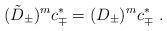
\begin{align*}(\tilde D_\pm)^m c^*_\mp=(D_\pm)^m c^*_\mp\ .\end{align*}